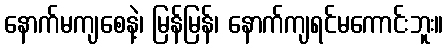
နောက်မကျစေနဲ့၊ မြန်မြန်၊ နောက်ကျရင်မကောင်းဘူး။